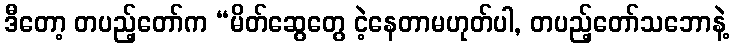
ဒီတော့ တပည့်တော်က “မိတ်ဆွေတွေ ငဲ့နေတာမဟုတ်ပါ, တပည့်တော်သဘောနဲ့